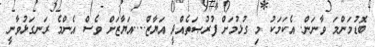
ބޮޑުމަންމަ ވާނަން. އެކަމަކު މި ގުޅުމަށް ފުރުޞަތެއްދީ އަޔާޒް....އަޔާޒަށް ވެސް އެންމެ ރަނގަޅުވާނީ